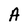
Character: A